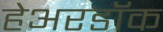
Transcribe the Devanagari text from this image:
हेअरडॉक